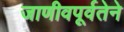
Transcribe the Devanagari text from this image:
जाणीवपूर्वतेने